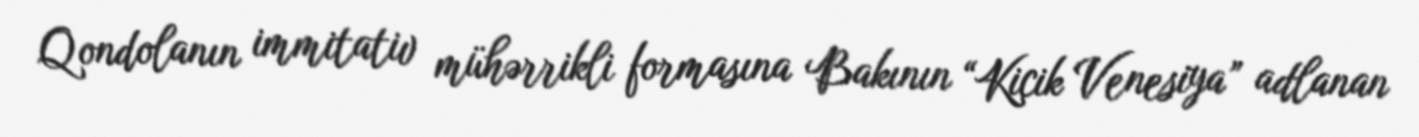
Qondolanın immitativ mühərrikli formasına Bakının “Kiçik Venesiya” adlanan